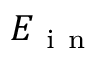
E _ { \mathrm { ~ i ~ n ~ } }